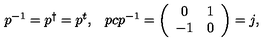
\begin{array} { c c } { p ^ { - 1 } = p ^ { \dagger } = p ^ { t } , } & { p c p ^ { - 1 } = \left( \begin{array} { c c } { 0 } & { 1 } \\ { - 1 } & { 0 } \\ \end{array} \right) = j , } \\ \end{array}